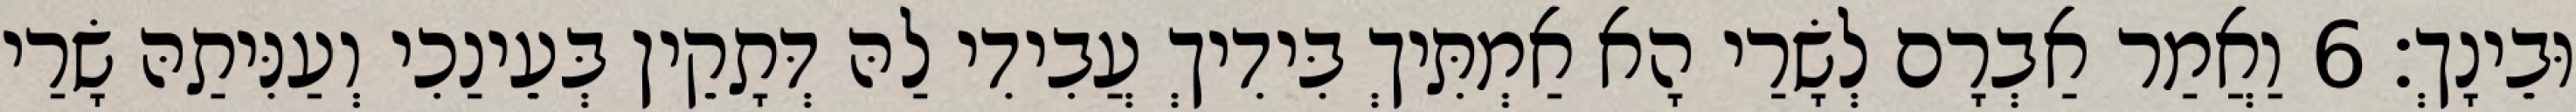
וּבֵינָךְ׃ 6 וַאֲמַר אַבְרָם לְשָׂרַי הָא אַמְתִּיךְ בִּידִיךְ עֲבִידִי לַהּ דְּתָקֵין בְּעֵינַכִי וְעַנִּיתַהּ שָׂרַי